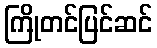
ကြိုတင်ပြင်ဆင်